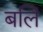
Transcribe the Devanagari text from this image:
बलिं